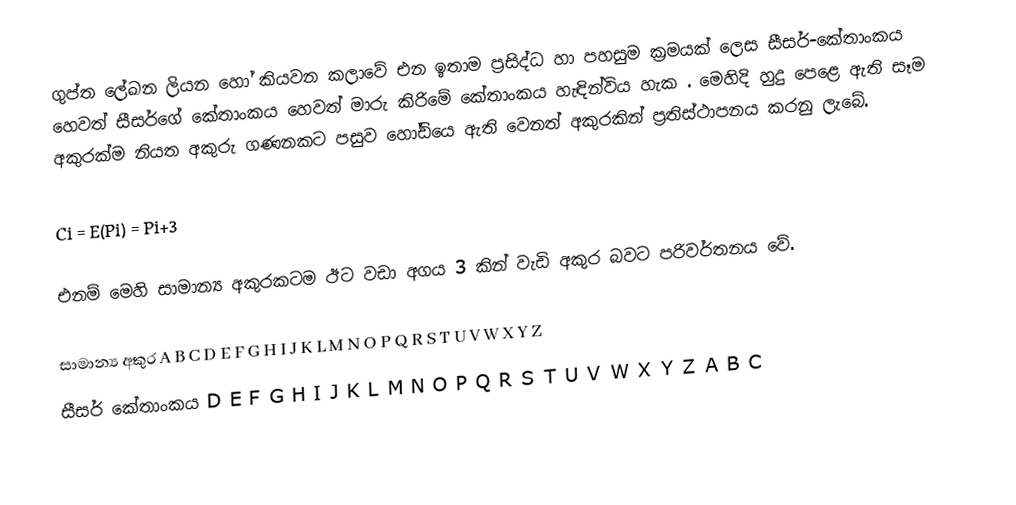
ගුප්ත ලේඛන ලියන හෝ කියවන කලාවේ එන ඉතාම ප්‍රසිද්ධ හා පහසුම ක්‍රමයක් ලෙස සීසර්-කේතාංකය හෙවත් සීසර්ගේ කේතාංකය හෙවත් මාරු කිරිමේ කේතාංකය හැඳින්විය හැක . මෙහිදි හුදු පෙළෙ ඇති සෑම අකුරක්ම නියත අකුරු ගණනකට පසුව හෝඩියෙ ඇති වෙනත් අකුරකින් ප්‍රතිස්ථාපනය කරනු ලැබේ.

Ci = E(Pi) = Pi+3

එනම් මෙහි සාමාන්‍ය අකුරකටම ඊට වඩා අගය 3 කින් වැඩි අකුර බවට පරිවර්තනය වේ.

සාමාන්‍ය අකුර       A B C D E F G H I J K L M N O P Q R S T U V W X Y Z
සීසර් කේතාංකය      D E F G H I J K L M N O P Q R S T U V W X Y Z A B C